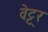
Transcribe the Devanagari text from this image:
वेट्ट्रर